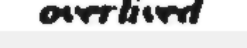
overlived